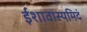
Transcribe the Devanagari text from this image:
ईशावास्यमिदं